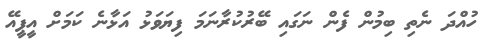
ހުއްދަ ނެތި ބިމުން ފެން ނަގައި ބޭރުކުރާނަމަ ފިޔަވަޅު އަޅާނެ ކަމަށް އީޕީއޭ